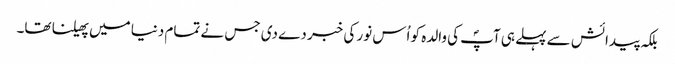
بلکہ پیدائش سے پہلے ہی آپؐ کی والدہ کو اُس نور کی خبر دے دی جس نے تمام دنیا میں پھیلنا تھا۔